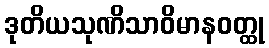
ဒုတိယသုဏိသာဝိမာနဝတ္ထု